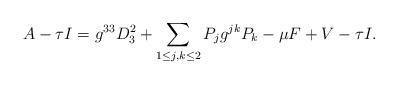
LaTeX: \begin{align*}A-\tau I= g^{33}D_3^2+\sum_{1\le j,k\le 2}P_jg^{jk}P_k-\mu F+V -\tau I.\end{align*}